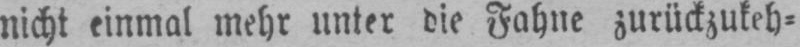
nicht einmal mehr unter die Fahne zurückzukeh⸗